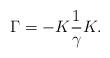
LaTeX: \begin{align*}\Gamma =-K\frac{1}{\gamma }K. \end{align*}